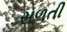
સળતી